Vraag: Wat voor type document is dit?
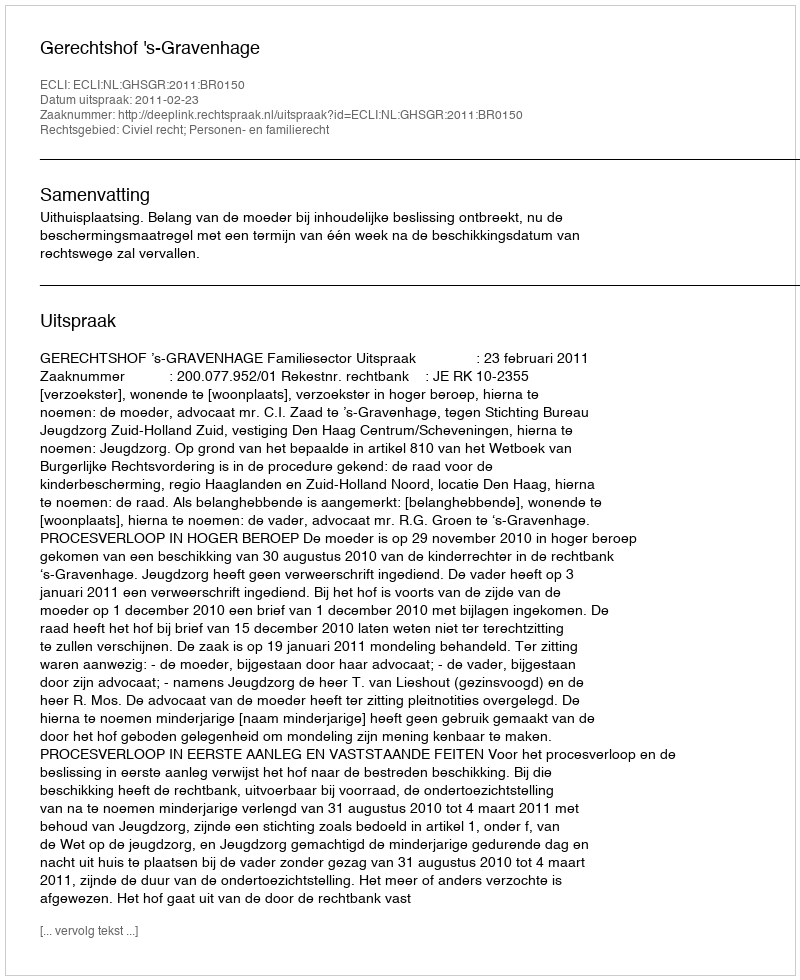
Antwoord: Uitspraak